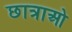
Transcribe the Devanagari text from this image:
छात्राओ